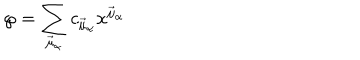
{ \wp } = \sum _ { \vec { \mu } _ { \alpha } } c _ { \vec { \mu } _ { \alpha } } x ^ { \vec { \mu } _ { \alpha } }